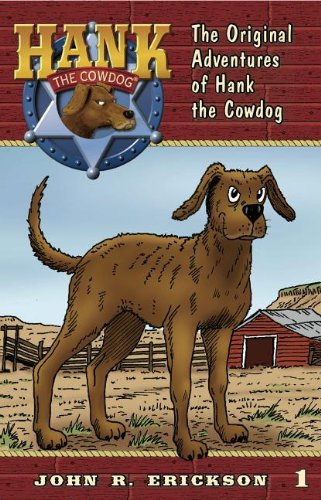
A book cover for The Original Adventures of Hank the Cowdog; John R. Erickson; Children's Books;